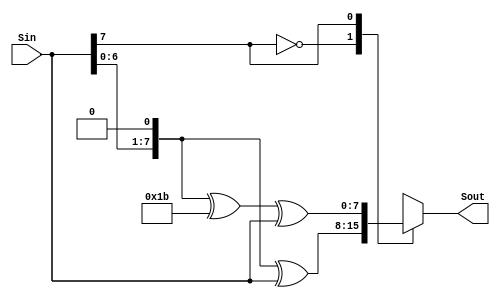
module Mod3 (Sin, Sout);

input [7:0] Sin;
output reg [7:0] Sout;

always@ (Sin)
begin
case (Sin[7])
	1'b0: Sout = {Sin[6:0], 1'b0}^Sin[7:0];
	1'b1: Sout = {Sin[6:0], 1'b0}^8'h1b^Sin[7:0];
endcase
end

endmodule